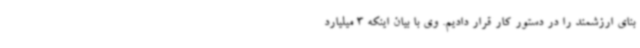
بنای ارزشمند را در دستور کار قرار دادیم. وی با بیان اینکه 3 میلیارد